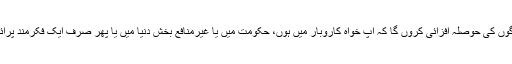
آج میں آپ لوگوں کی حوصلہ افزائی کروں گا کہ آپ خواہ کاروبار میں ہوں، حکومت میں یا غیرمنافع بخش دنیا میں یا پھر صرف ایک فکرمند پرائییویٹ شہری۔